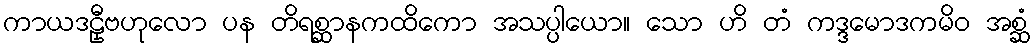
ကာယဒဠှီဗဟုလော ပန တိရစ္ဆာနကထိကော အသပ္ပါယော။ သော ဟိ တံ ကဒ္ဒမောဒကမိဝ အစ္ဆံ